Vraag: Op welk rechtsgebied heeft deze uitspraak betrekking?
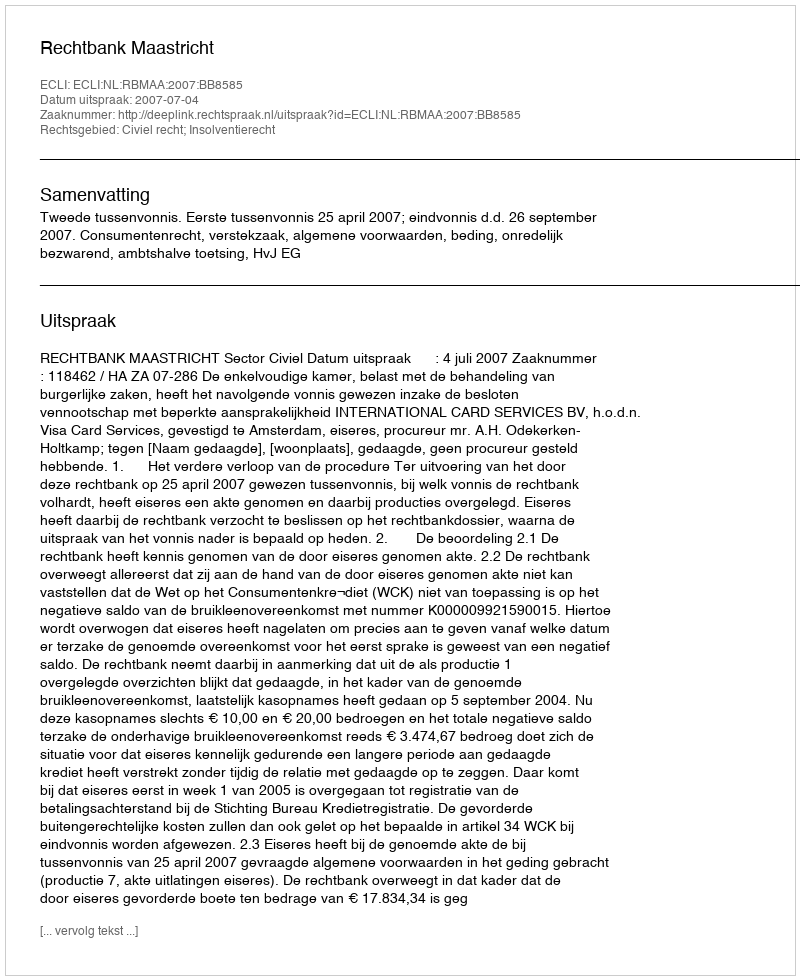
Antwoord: Civiel recht; Insolventierecht